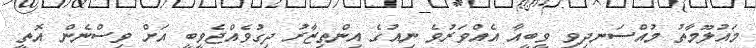
މައުލޫމާތު މުއްސަނދިވި ވީބީއާ އެއްވަރުވެ ނިއުގެ އިންތިޒާރު ދިގުވެއްޖެވީބީ އަށް ވިސްނެން އޮތީ